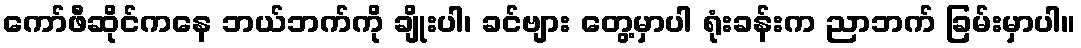
ကော်ဖီဆိုင်ကနေ ဘယ်ဘက်ကို ချိုးပါ၊ ခင်ဗျား တွေ့မှာပါ ရုံးခန်းက ညာဘက် ခြမ်းမှာပါ။